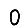
Digit: 0